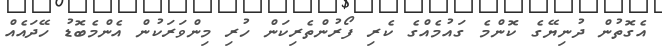
އެގޮތުން ދުނިޔޭގެ ކޮންމެ ގައުމެއްގެ ކެރި ފޯރުންތެރިކަން ހުރި މިންވަރަކުން އެންމެބޮޑު ހޭދައެއް